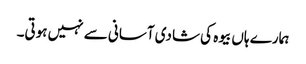
ہمارے ہاں بیوہ کی شادی آسانی سے نہیں ہوتی۔